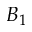
B _ { 1 }